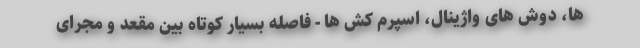
ها، دوش های واژینال، اسپرم کش ها - فاصله بسیار کوتاه بین مقعد و مجرای